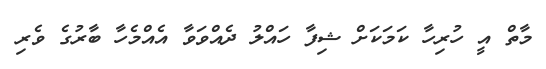
މާތް އީ ހުރިހާ ކަމަކަށް ޝިފާ ހައްލު ދެއްވަވާ އެއްމެހާ ބާރުގެ ވެރި